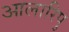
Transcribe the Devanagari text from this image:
आलारिपु